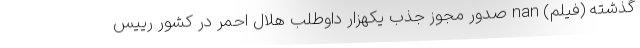
گذشته (فیلم) nan صدور مجوز جذب یکهزار داوطلب هلال احمر در کشور رییس